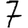
Digit: 7